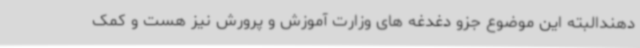
دهندالبته این موضوع جزو دغدغه های وزارت آموزش و پرورش نیز هست و کمک